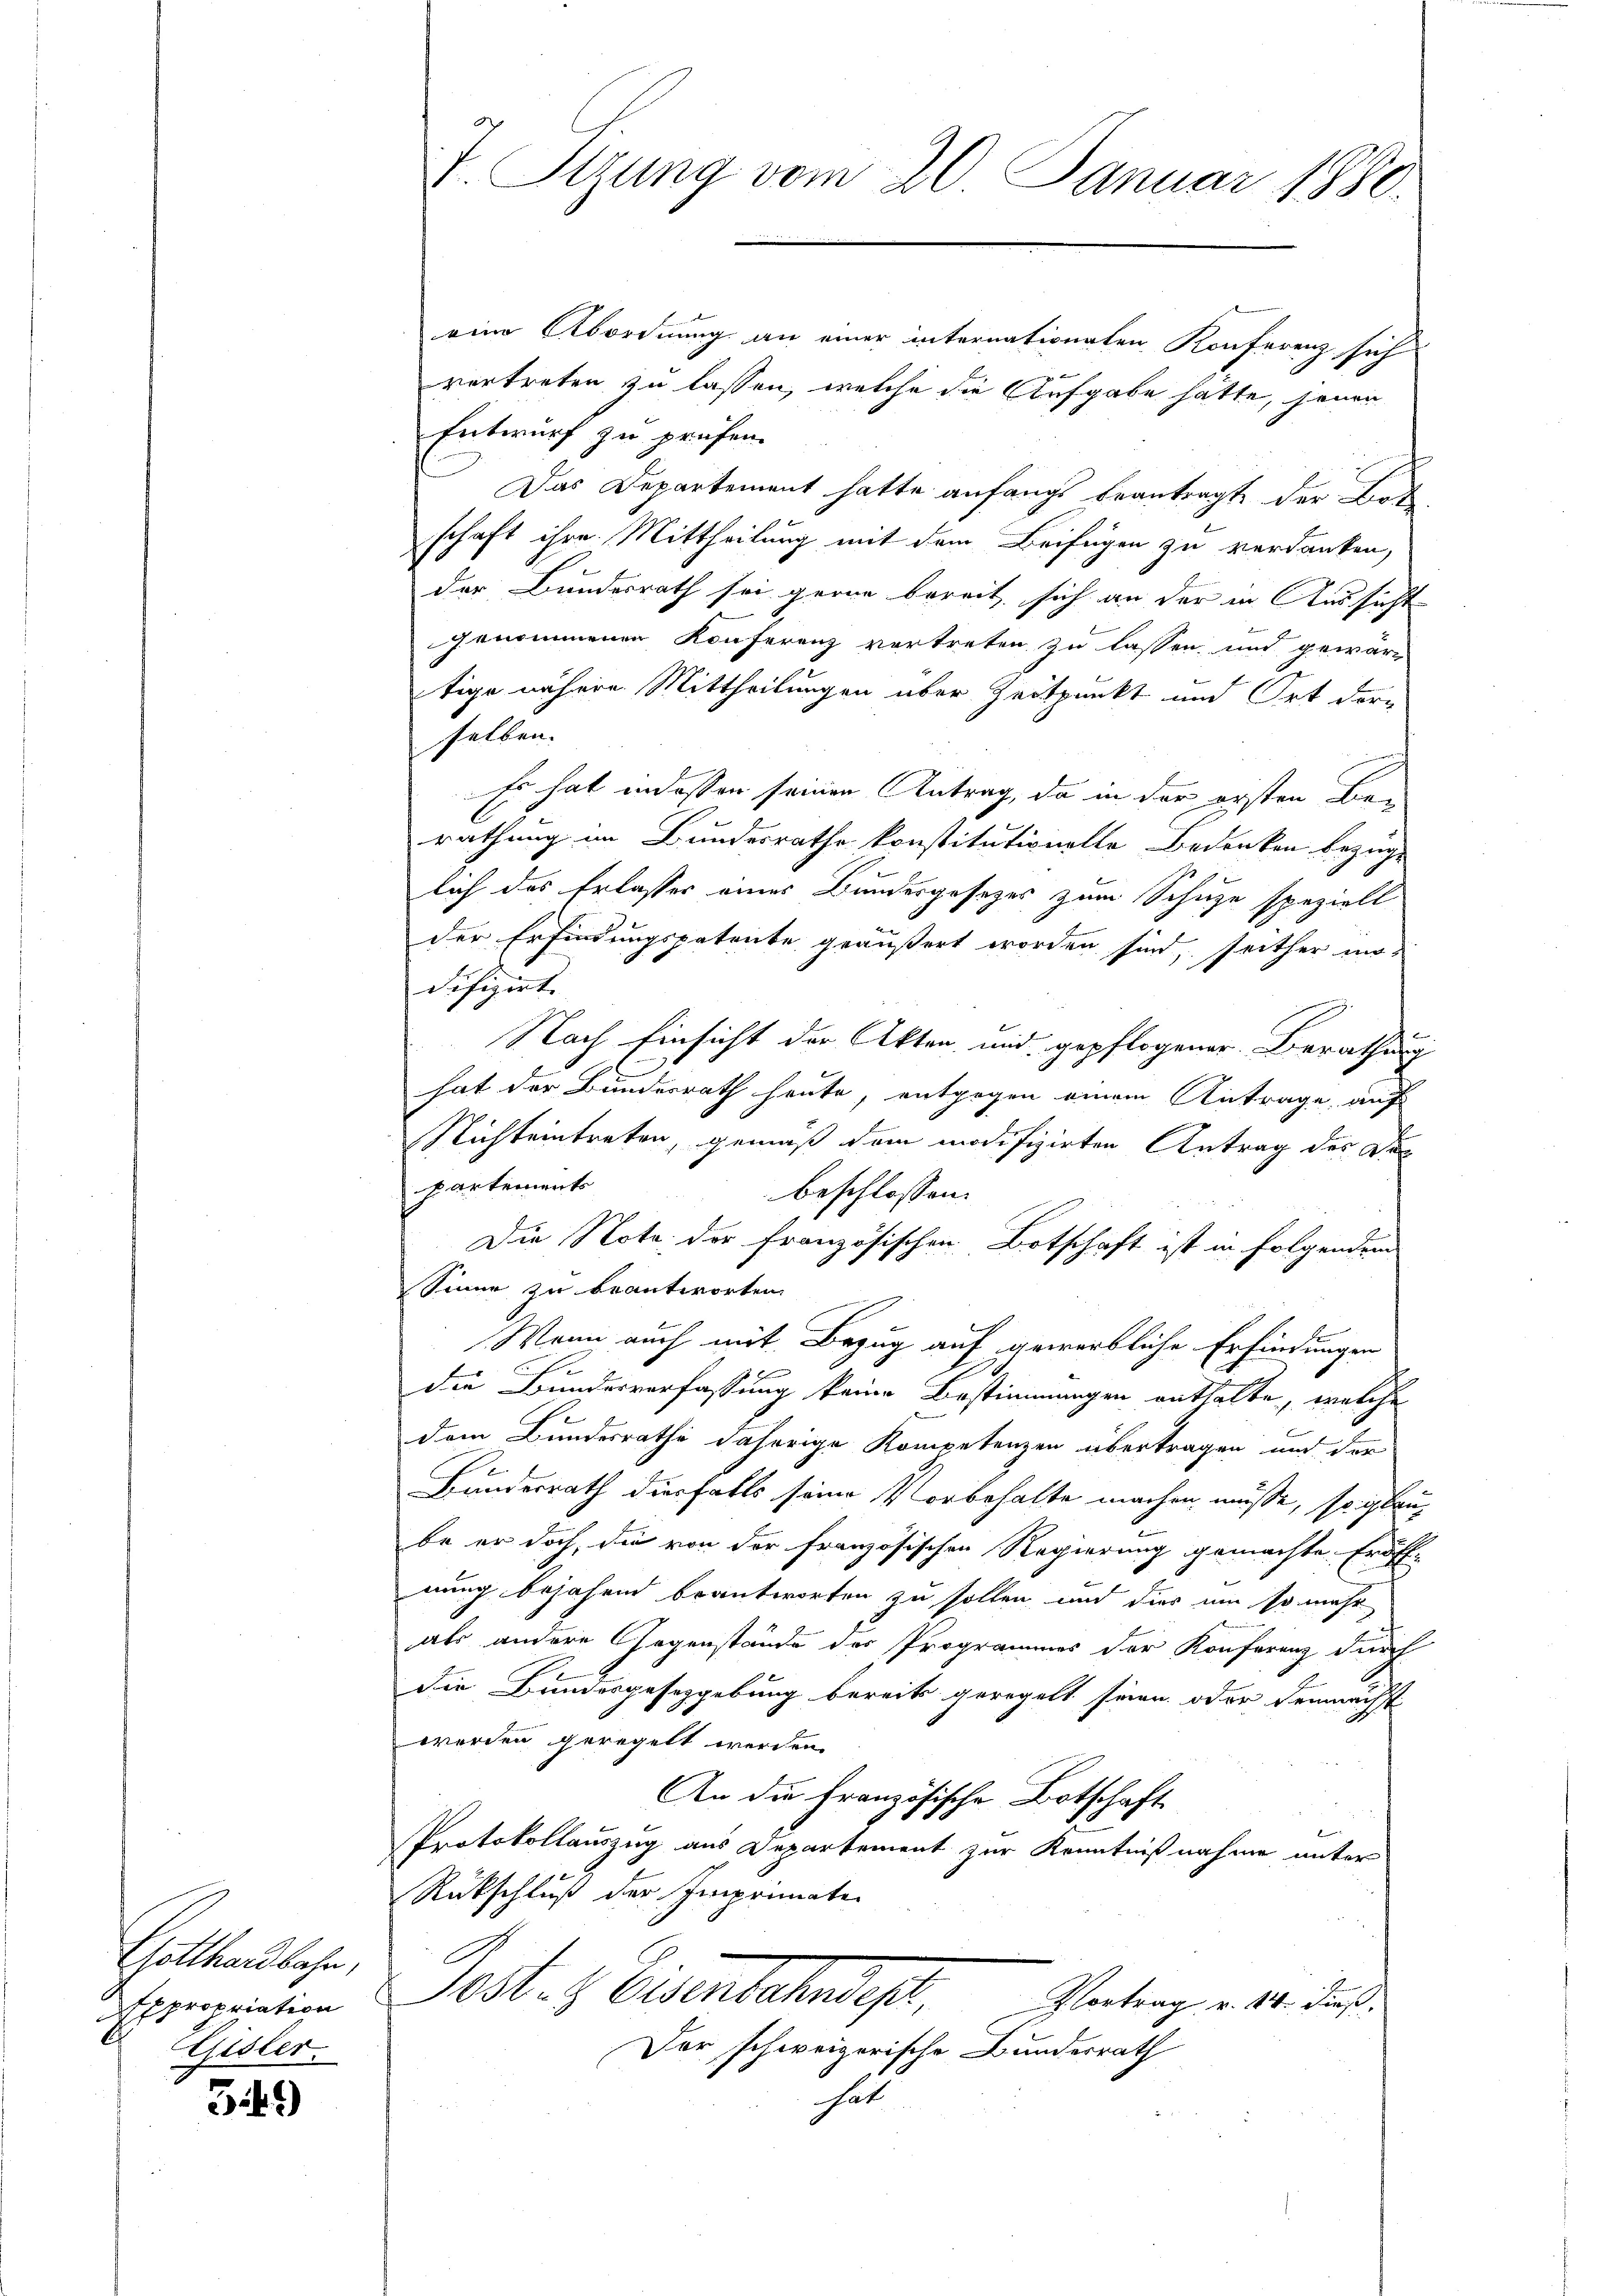
Gotthardbahn,
Expropriation
Gisler.

349)

J. Sizung vom 20. Januar 1880.

eine Abordnung an einer internationaten Konferenz sich
f x
vertreten zu lassen, welche die Aufgabe hätte, jenen
Entwurf zu prüfen.
Das Departement hatte anfangs beantragt der Bot
schaft ihre Mittheilung mit dem Beifügen zu verdanken,
der Bundesrath sei gerne bereit, sich an der in Aussicht
genommenen Konferenz vortreten zu lassen und gewar-
tige nähere Mittheilungen über Zeitpunkt und Ort dere
selben.
Es hat indessen seinen Antrag, da in der ersten Berathung im Bundesrathe konstitutionelle Bedenken bezüge
lich des Erlasser eines Bundesgesezes zum Schuze spezielt
der Erfindungspatente geäußert worden sind, seither modifizirt.
Nach Einsicht der Akten, und gepflogener Berathung
hat der Bundesrath heute, entgegen einem Antrage, auf
Nichteintreten, gemäß dem modifizirten Antrag des Dec
partements
beschlossen:
Die Note der französischen Botschaft ist in folgendem
Sinne zu beantworten.
Wenn auch mit Bezug auf gewerbliche Erfindungen
E
die Bundesverfassung keine Bestimmungen enthalte, welche
dem Bundesrathe daherige Kompetenzen übertragen und der
Bundesrath diesfalls seine Vorbehalte machen müsse, so glaube er doch, die von der französischen Regierung gemachte Eröff-
nung bejahend beantworten zu sollen und dies um so mehr
als andere Gegenstände des Programmes der Konferenz durch
die Bundesgesetzgebung bereits geregelt seien oder demnächst
werden geregelt werden.
An die Französische Botschaft
1
Protokollauszug aus Departement zur Kenntnißnahme unter
Rückschluß der Imprimate
6
10t. h. Eisenbahn des Antrag . . des
Der schweizerische Bundesrath
hat